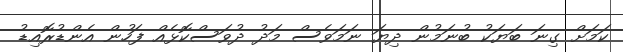
ކަމަށް ގިނަ ބަޔަކު ބުނަމުން ދިޔަ ނަމަވެސް މަދު ދުވަސްކޮޅެއް ފަހުން އެންޑުރޮއިޑު